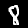
Label: 8